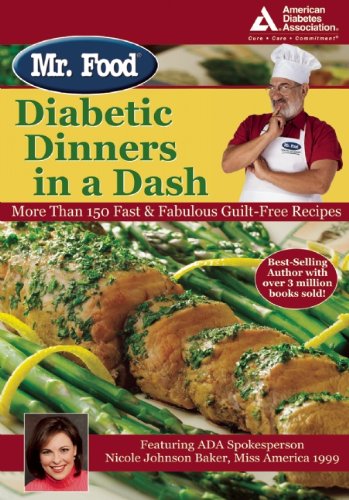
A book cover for Mr. Food: Diabetic Dinners in a Dash; Art Ginsburg; Health, Fitness & Dieting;